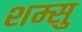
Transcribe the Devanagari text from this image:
शम्सु